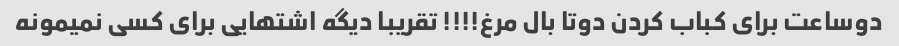
دوساعت برای کباب کردن دوتا بال مرغ!!!! تقریبا دیگه اشتهایی برای کسی نمیمونه